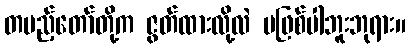
တပည့်တော်တို့က ဇွတ်ထားလို့လဲ မဖြစ်ပါဘူးဘုရား။